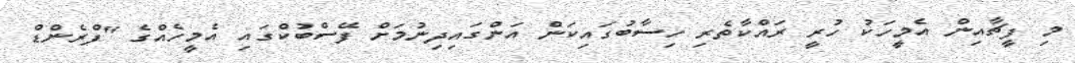
މި ފީޗާއިން އެމީހަކު ހުރީ ރައްކާތެރި ހިސާބުގައިކަން އަންގައިދިނުމަށް ފޭސްބުކްގައި އެމީހެއްގެ "ފްރެންޑް